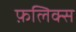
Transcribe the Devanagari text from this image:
फ़लिक्स